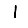
Digit: 1